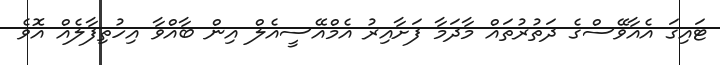
ޓައިގަ އެއާވޭސްގެ ދަތުރުތައް މާދަމާ ފަށާއިރު އެމްއޭސީއެލް އިން ބާއްވާ އިހުތިފާލެއް އޮވެ